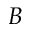
B